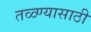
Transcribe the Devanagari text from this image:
तळ्ण्यासाठी